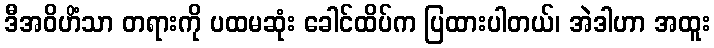
ဒီအဝိဟိံသာ တရားကို ပထမဆုံး ခေါင်ထိပ်က ပြထားပါတယ်၊ အဲဒါဟာ အထူး